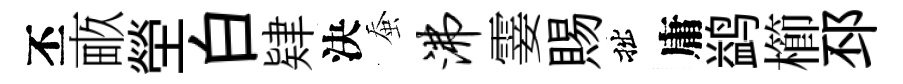
丕畞塋白肄決蚕沸霎賜拙庸鹢櫛邳